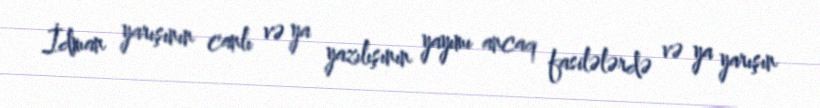
İdman yarışının canlı və ya yazılışının yayımı ancaq fasilələrdə və ya yarışın